255_413270_UFO's_and_Defense_What_Should_we_Prepare_For
Agency: NASA
Page 50
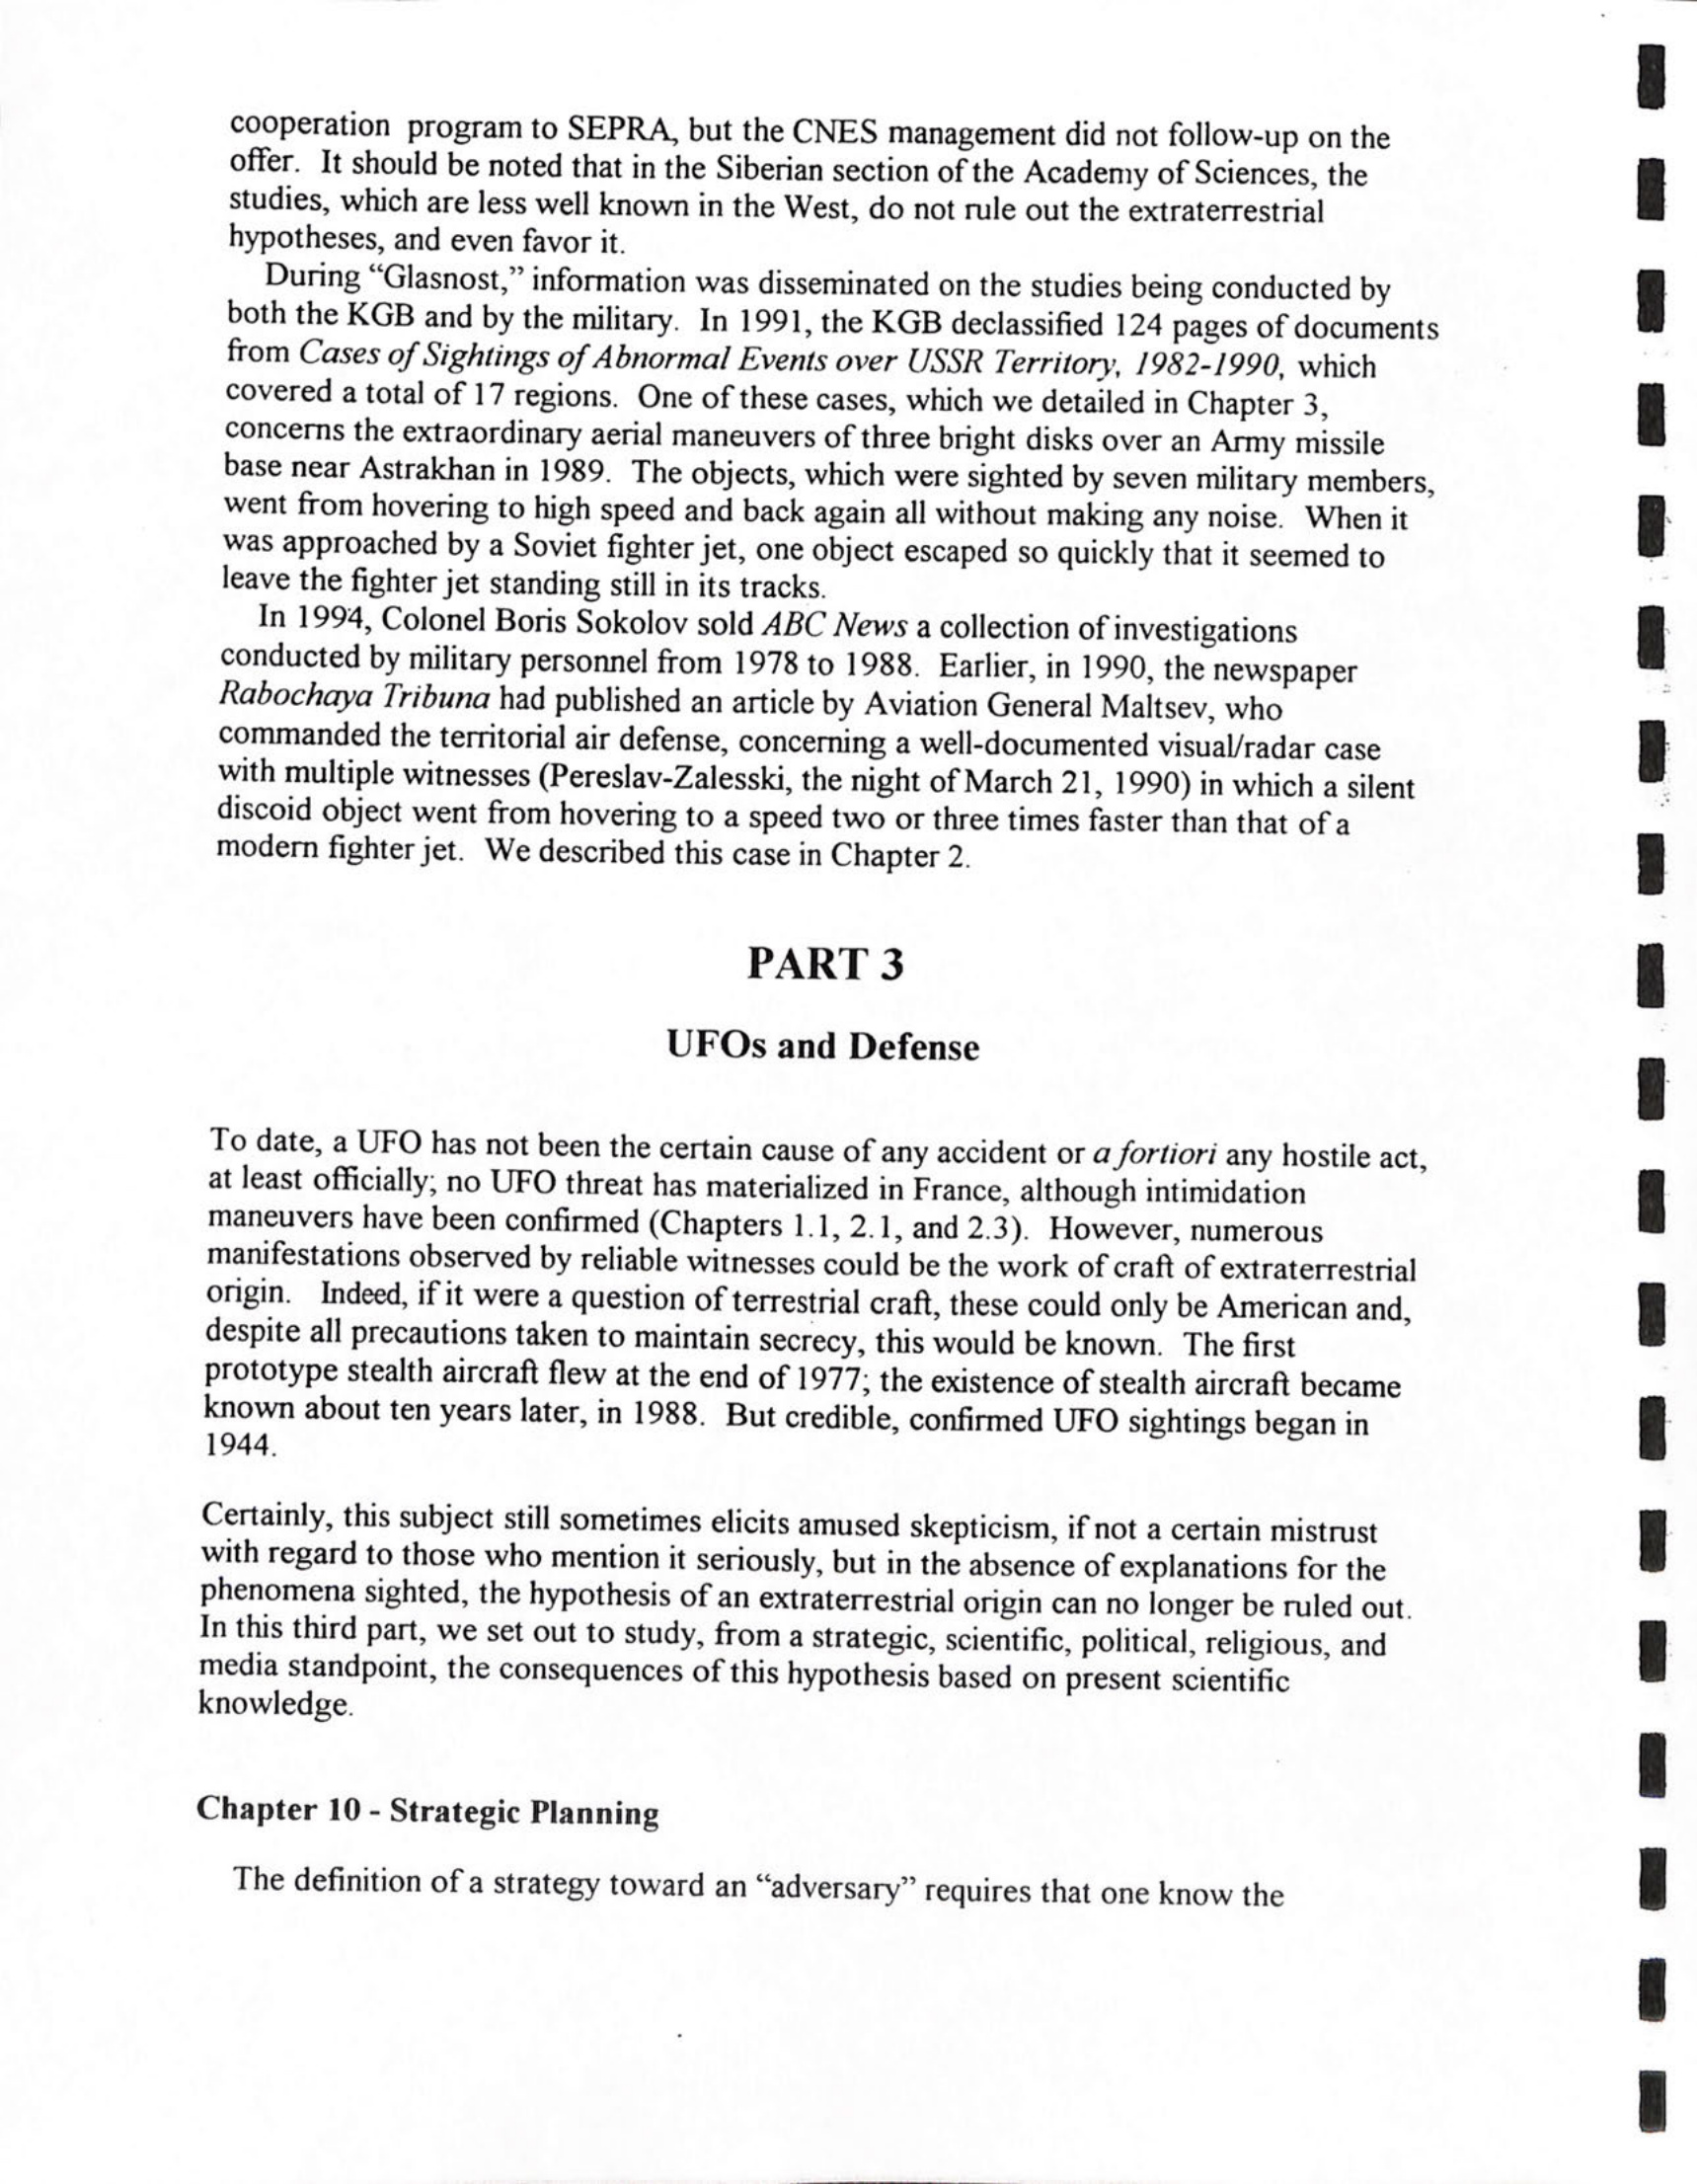